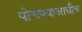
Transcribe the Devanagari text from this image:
पोचण्याआधीच